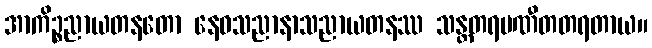
အာကိဉ္စညာယတနတော နေဝသညာနာသညာယတနဿ သန္တတရပဏီတတရတာယ။